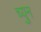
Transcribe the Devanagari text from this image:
च्युन